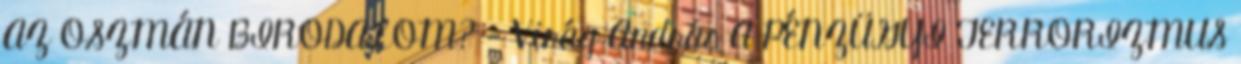
AZ OSZMÁN BIRODALOM? - Virág András A PÉNZÜGYI TERRORIZMUS